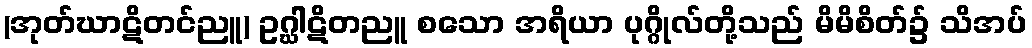
(အုတ်ဃာဋိတင်ညူ) ဥဂ္ဃါဋိတညူ စသော အရိယာ ပုဂ္ဂိုလ်တို့သည် မိမိစိတ်၌ သိအပ်